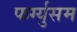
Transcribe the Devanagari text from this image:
फर्ग्युसम